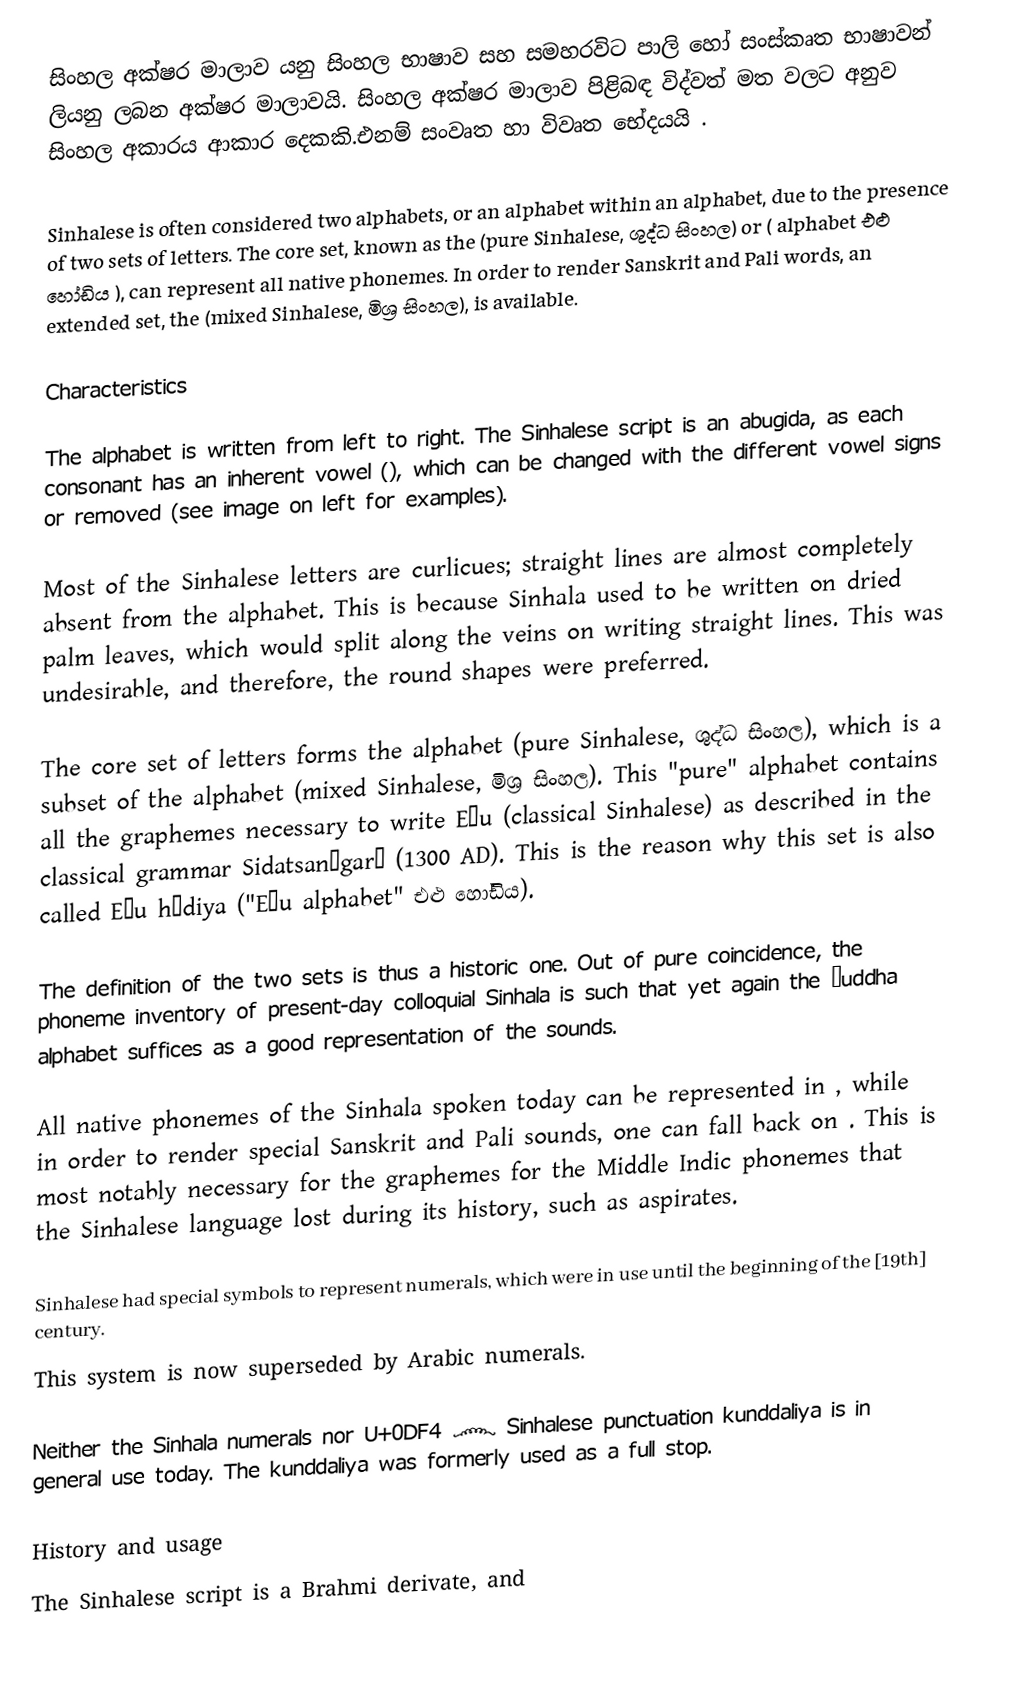
සිංහල අක්ෂර මාලාව යනු සිංහල භාෂාව සහ සමහරවිට පාලි හෝ සංස්කෘත භාෂාවන් ලියනු ලබන අක්ෂර මාලාවයි. සිංහල අක්ෂර මාලාව පිළිබඳ විද්වත් මත වලට අනුව සිංහල අකාරය ආකාර දෙකකි.එනම් සංවෘත හා විවෘත භේදයයි .

Sinhalese is often considered two alphabets, or an alphabet within an alphabet, due to the presence of two sets of letters. The core set, known as the  (pure Sinhalese,  ශුද්ධ සිංහල) or  ( alphabet  එළු හෝඩිය ), can represent all native phonemes. In order to render Sanskrit and Pali words, an extended set, the  (mixed Sinhalese, මිශ්‍ර සිංහල), is available.

Characteristics

The alphabet is written from left to right. The Sinhalese script is an abugida, as each consonant has an inherent vowel (), which can be changed with the different vowel signs or removed (see image on left for examples).

Most of the Sinhalese letters are curlicues; straight lines are almost completely absent from the alphabet. This is because Sinhala used to be written on dried palm leaves, which would split along the veins on writing straight lines. This was undesirable, and therefore, the round shapes were preferred.

The core set of letters forms the  alphabet (pure Sinhalese, ශුද්ධ සිංහල), which is a subset of the  alphabet (mixed Sinhalese, මිශ්‍ර සිංහල). This "pure" alphabet contains all the graphemes necessary to write Eḷu  (classical Sinhalese) as described in the classical grammar Sidatsan̆garā (1300 AD). This is the reason why this set is also called Eḷu hōdiya ("Eḷu alphabet" එළු හෝඩිය).

The definition of the two sets is thus a historic one. Out of pure coincidence, the phoneme inventory of present-day colloquial Sinhala is such that yet again the śuddha alphabet suffices as a good representation of the sounds.

All native phonemes of the Sinhala spoken today can be represented in , while in order to render special Sanskrit and Pali sounds, one can fall back on . This is most notably necessary for the graphemes for the Middle Indic phonemes that the Sinhalese language lost during its history, such as aspirates.

Sinhalese had special symbols to represent numerals, which were in use until the beginning of the [19th] century.
This system is now superseded by Arabic numerals.

Neither the Sinhala numerals nor U+0DF4  ෴  Sinhalese punctuation kunddaliya is in general use today. The kunddaliya was formerly used as a full stop.

History and usage
The Sinhalese script is a Brahmi derivate, and